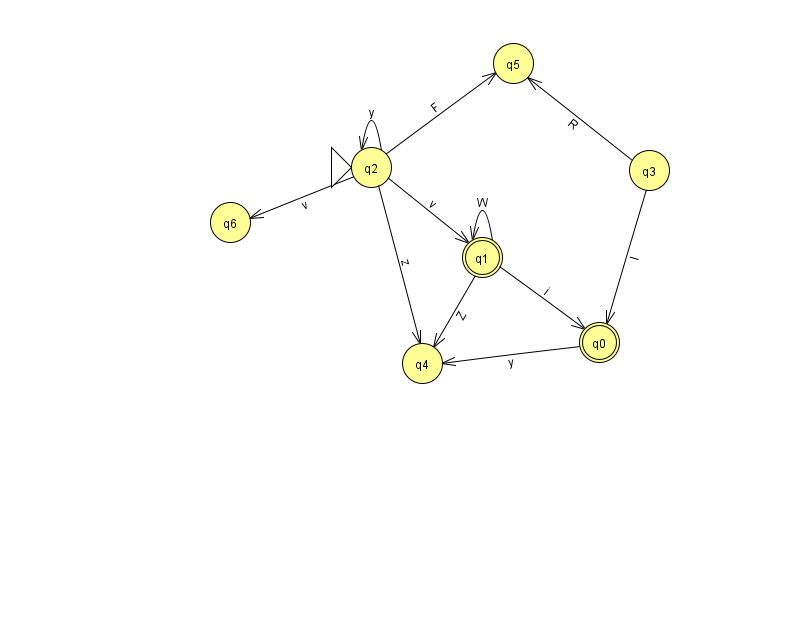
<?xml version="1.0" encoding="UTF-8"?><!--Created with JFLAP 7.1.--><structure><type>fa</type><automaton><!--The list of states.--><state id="0" name="q0"><x>599.0</x><y>329.0</y><final/></state><state id="1" name="q1"><x>482.0</x><y>244.0</y><final/></state><state id="2" name="q2"><x>371.0</x><y>154.0</y><initial/></state><state id="3" name="q3"><x>649.0</x><y>157.0</y></state><state id="4" name="q4"><x>422.0</x><y>350.0</y></state><state id="5" name="q5"><x>513.0</x><y>50.0</y></state><state id="6" name="q6"><x>230.0</x><y>209.0</y></state><!--The list of transitions.--><transition><from>3</from><to>0</to><read>I</read></transition><transition><from>0</from><to>4</to><read>y</read></transition><transition><from>2</from><to>5</to><read>F</read></transition><transition><from>2</from><to>4</to><read>z</read></transition><transition><from>2</from><to>1</to><read>v</read></transition><transition><from>2</from><to>6</to><read>v</read></transition><transition><from>1</from><to>1</to><read>W</read></transition><transition><from>1</from><to>4</to><read>Z</read></transition><transition><from>2</from><to>2</to><read>y</read></transition><transition><from>3</from><to>5</to><read>R</read></transition><transition><from>1</from><to>0</to><read>i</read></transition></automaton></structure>